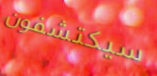
سيكتشفون